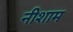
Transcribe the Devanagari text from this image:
नीशाम